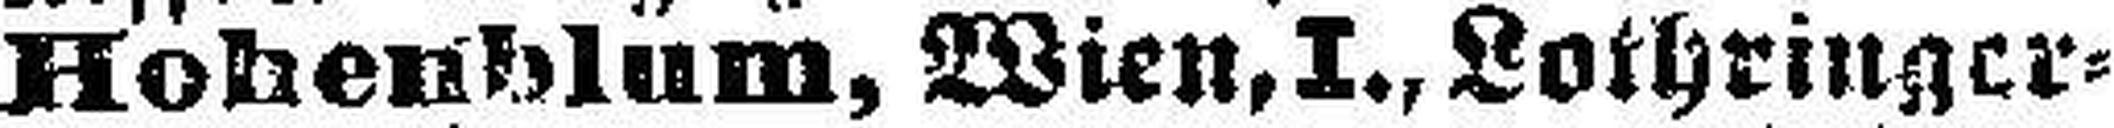
Hohenblum, Wien, I., Lothringer¬